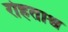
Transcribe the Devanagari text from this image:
रोहताश्व